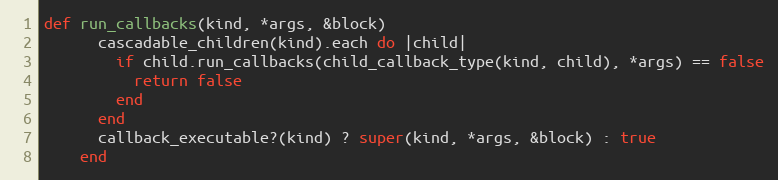
Language: Ruby
def run_callbacks(kind, *args, &block)
      cascadable_children(kind).each do |child|
        if child.run_callbacks(child_callback_type(kind, child), *args) == false
          return false
        end
      end
      callback_executable?(kind) ? super(kind, *args, &block) : true
    end